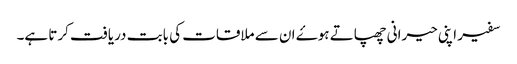
سفیر اپنی حیرانی چھپاتے ہوۓ ان سے ملاقات کی بابت دریافت کرتا ہے۔